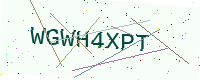
Text: WGWH4XPT